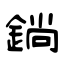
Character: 鋿